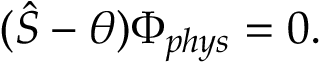
( \hat { S } - \theta ) \Phi _ { p h y s } = 0 .